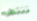
ننتظره